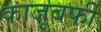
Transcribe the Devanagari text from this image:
काजूबर्फी